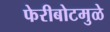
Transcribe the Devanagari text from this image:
फेरीबोटमुळे